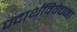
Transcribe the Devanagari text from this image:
पदार्थविवेचना